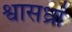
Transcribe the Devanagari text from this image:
श्वासध्रां